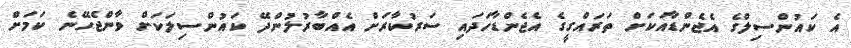
އެ ކައުންސިލްގެ އެޖެންޑާއަކަށް ތަރައްގީގެ އެޖެންޑާހަދައި ސަރުކާރަށް އެއްބާރުލުންދޭ ކައުންސިލަކަށް ވާންޖެހޭނެ ކަމަށް